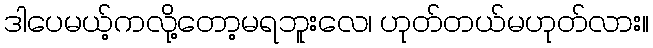
ဒါပေမယ့်ကလို့တော့မရဘူးလေ၊ ဟုတ်တယ်မဟုတ်လား။